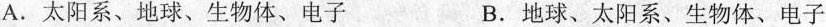
A.太阳系、地球、生物体、电子 B.地球、太阳系、生物体、电子